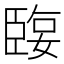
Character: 𦣬